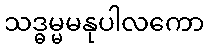
သဒ္ဓမ္မမနုပါလကော